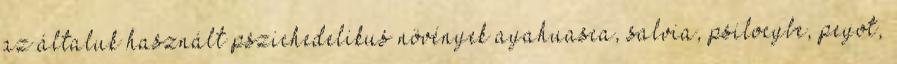
az általuk használt pszichedelikus növények ayahuasca, salvia, psilocybe, peyot,